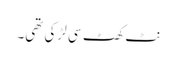
نٹ کھٹ سی لڑکی تھی۔